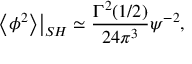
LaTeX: \left. \left< \phi ^ { 2 } \right> \right| _ { S H } \simeq \frac { \Gamma ^ { 2 } ( 1 / 2 ) } { 2 4 \pi ^ { 3 } } \psi ^ { - 2 } ,